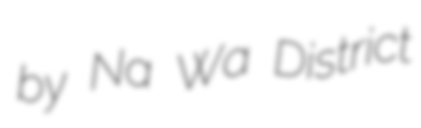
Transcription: by Na Wa District